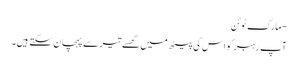
- مارک ٹوئن
آپ رہبر کو اس کی پیٹھ میں گھسے تیر سے پہچان سکتے ہیں۔